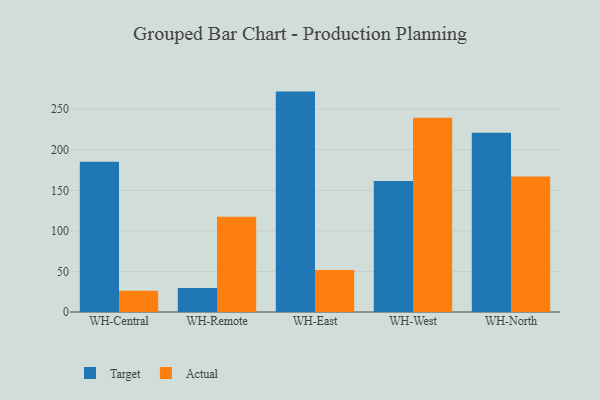
{"axis": {"x": "Warehouse", "y": "Active Users"}, "legend": ["Actual", "Target"], "data": [{"x": "WH-Central", "y": 185.3, "type": "Target"}, {"x": "WH-Central", "y": 26.1, "type": "Actual"}, {"x": "WH-Remote", "y": 29.6, "type": "Target"}, {"x": "WH-Remote", "y": 117.6, "type": "Actual"}, {"x": "WH-East", "y": 271.8, "type": "Target"}, {"x": "WH-East", "y": 51.7, "type": "Actual"}, {"x": "WH-West", "y": 161.6, "type": "Target"}, {"x": "WH-West", "y": 239.4, "type": "Actual"}, {"x": "WH-North", "y": 220.9, "type": "Target"}, {"x": "WH-North", "y": 167.2, "type": "Actual"}]}